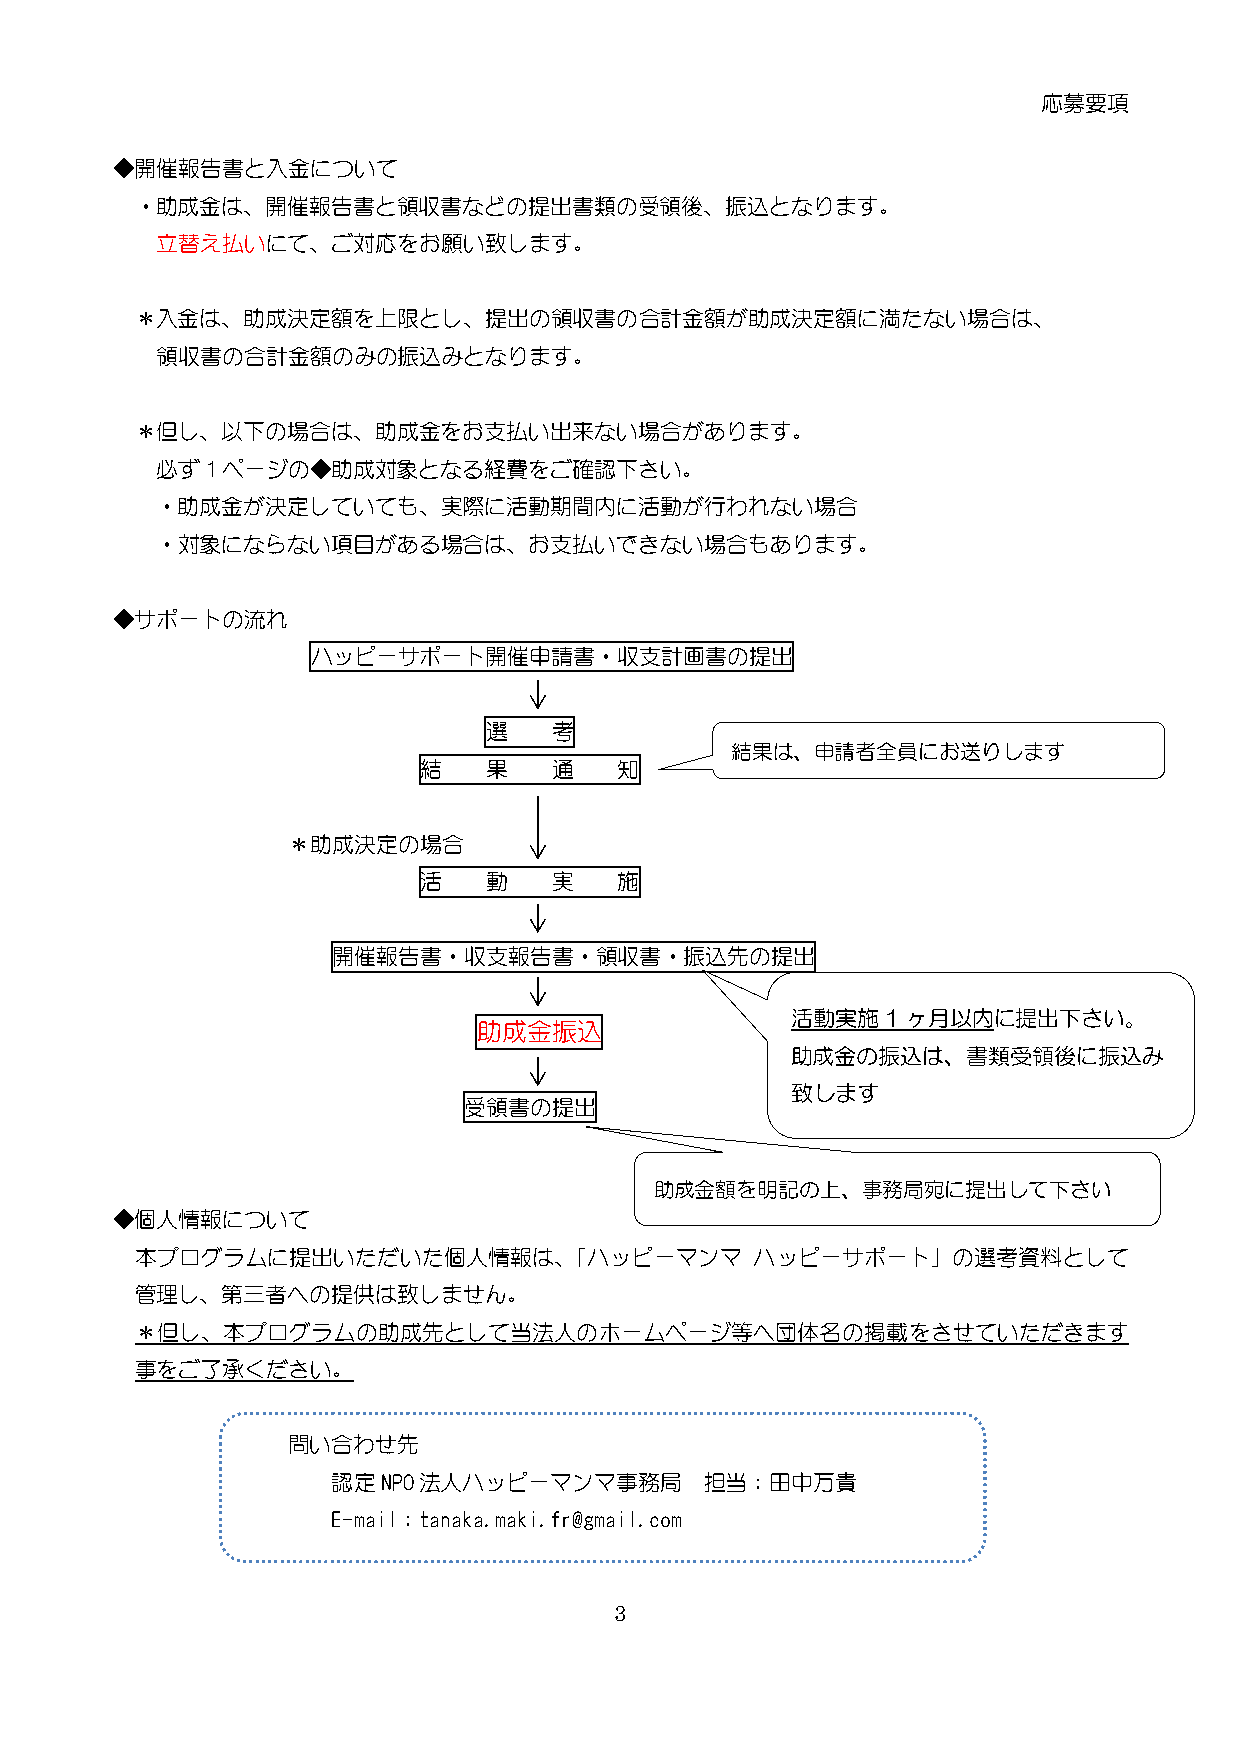
応募要項
 ◆開催報告書と入金について
 ・助成金は、開催報告書と領収書などの提出書類の受領後、振込となります。
 立替え払いにて、ご対応をお願い致します。
 ＊入金は、助成決定額を上限とし、提出の領収書の合計金額が助成決定額に満たない場合は、
 領収書の合計金額のみの振込みとなります。
 ＊但し、以下の場合は、助成金をお支払い出来ない場合があります。
 必ず1ページの◆助成対象となる経費をご確認下さい。
 ・助成金が決定していても、実際に活動期間内に活動が行われない場合
 ・対象にならない項目がある場合は、お支払いできない場合もあります。
 ◆サポートの流れ
 ハッピーサポート開催申請書・収支計画書の提出
 選    考
 結果は、申請者全員にお送りします
 結   果    通   知
 ＊助成決定の場合
 活   動    実   施
 開催報告書・収支報告書・領収書・振込先の提出
 活動実施1ヶ月以内に提出下さい。
 助成金振込
 助成金の振込は、書類受領後に振込み
 致します
 受領書の提出
 助成金額を明記の上、事務局宛に提出して下さい
 ◆個人情報について
 本プログラムに提出いただいた個人情報は、「ハッピーマンマ             ハッピーサポート」の選考資料として
 管理し、第三者への提供は致しません。
 ＊但し、本プログラムの助成先として当法人のホームページ等へ団体名の掲載をさせていただきます
 事をご了承ください。
 問い合わせ先
 認定NPO法人ハッピーマンマ事務局        担当：田中万貴
 E-mail：tanaka.maki.fr@gmail.com
 3